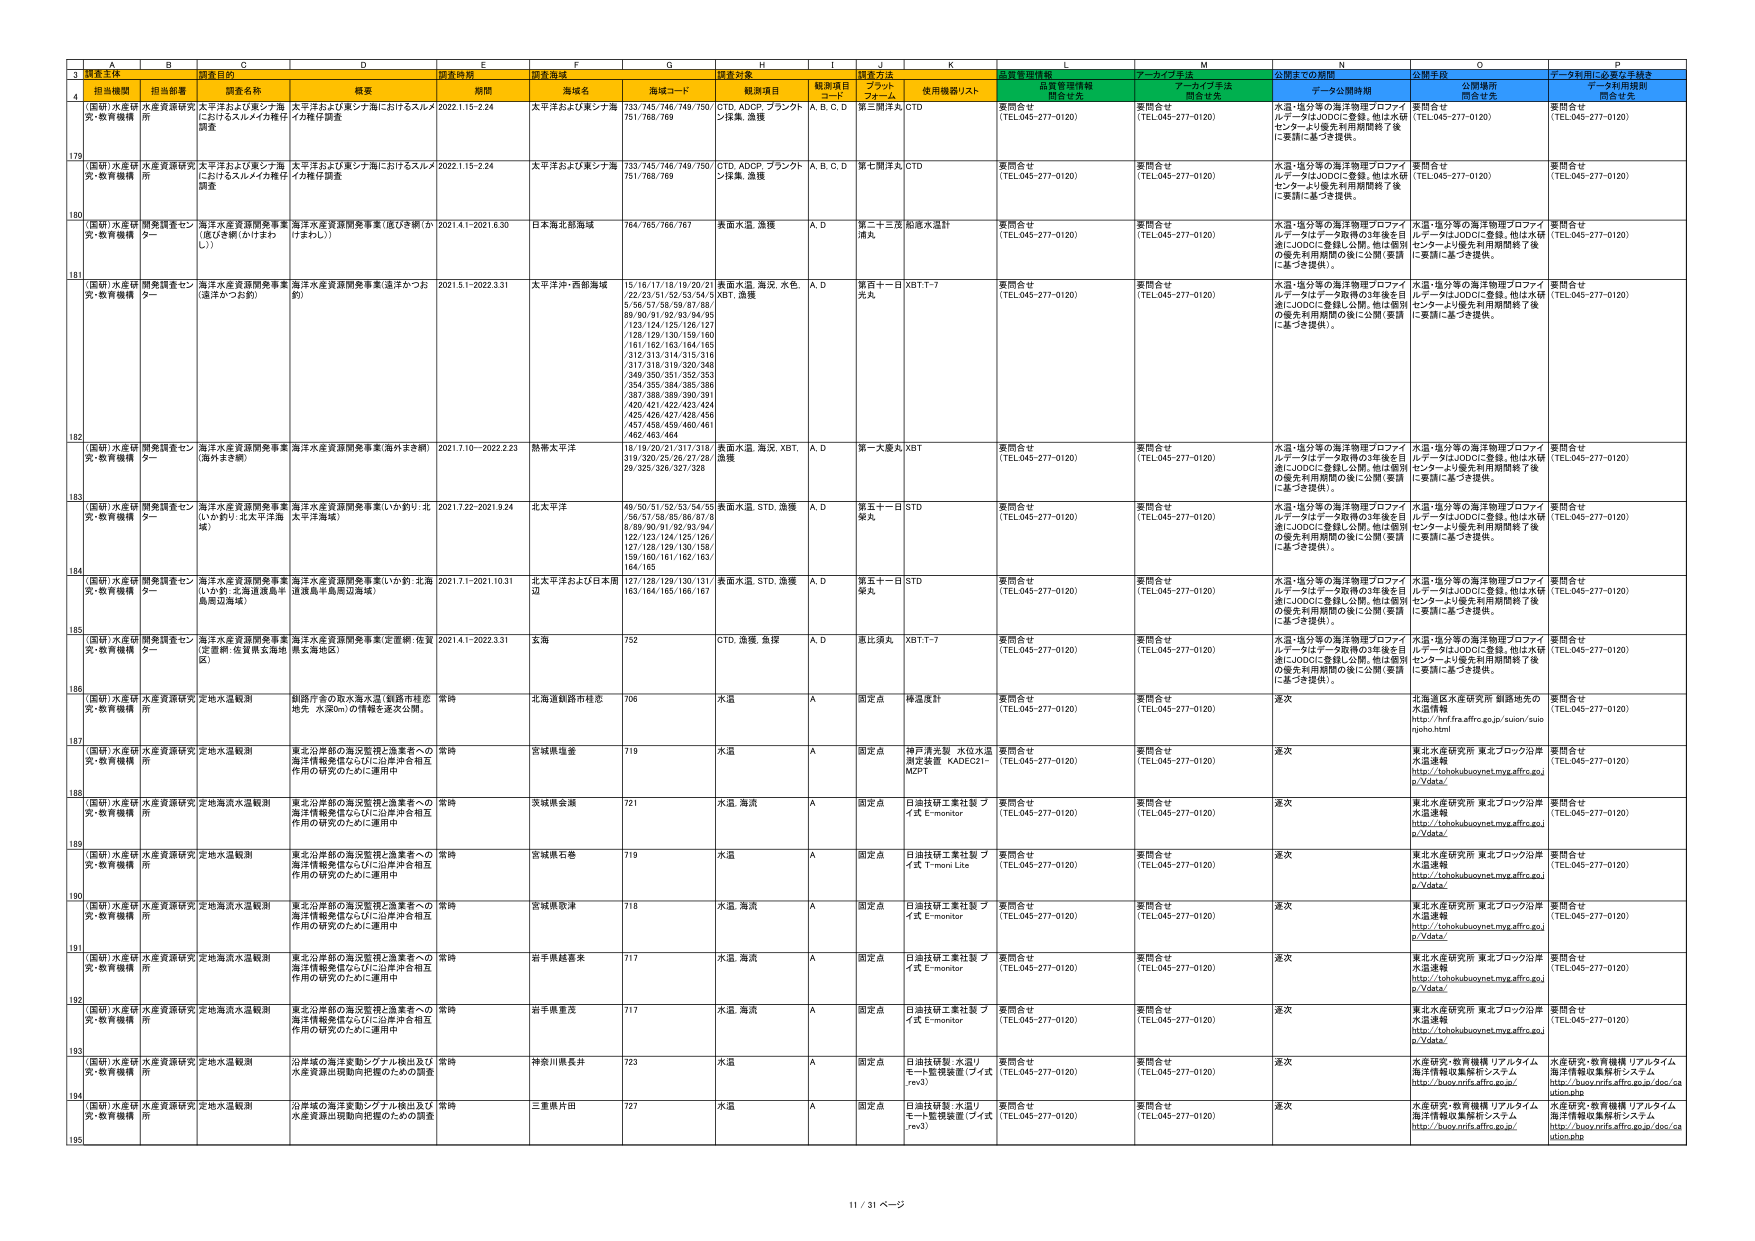
A
B
C
D
E
F
G
H
I
J
K
L
M
N
O
P
3
調査主体
調査目的
調査時期
調査海域
調査対象
品質管理情報
アーカイブ手法
公開までの期間
公開手段
データ利用に必要な手続き
4
担当機関
担当部署
調査名称
概要
期間
海域名
海域コード
観測項目
観測項目コード
調査方法プロトコル
使用機器リスト
品質管理情報問合せ先
アーカイブ手法問合せ先
データ公開時期
公開場所問合せ先
データ利用規則問合せ先
179
(国研)水産研
究・教育機構
水産資源研究
所
太平洋および東シナ海におけるスルメイカ稚仔調査
太平洋および東シナ海におけるスルメイカ稚仔調査
2022.1.15-2.24
太平洋および東シナ海
733/745/746/749/750/751/768/769
CTD, ADCP, ブランクトン採集, 漁獲
A, B, C, D
第三期洋丸
CTD
要問合せ
(TEL:045-277-0120)
要問合せ
(TEL:045-277-0120)
水温・塩分等の海洋物理プロファイルデータはJODCに登録。他は水研センターより優先利用期間終了後に要請に基づき提供。
要問合せ
(TEL:045-277-0120)
要問合せ
(TEL:045-277-0120)
180
(国研)水産研
究・教育機構
水産資源研究
所
太平洋および東シナ海におけるスルメイカ稚仔調査
太平洋および東シナ海におけるスルメイカ稚仔調査
2022.1.15-2.24
太平洋および東シナ海
733/745/746/749/750/751/768/769
CTD, ADCP, ブランクトン採集, 漁獲
A, B, C, D
第七期洋丸
CTD
要問合せ
(TEL:045-277-0120)
要問合せ
(TEL:045-277-0120)
水温・塩分等の海洋物理プロファイルデータはJODCに登録。他は水研センターより優先利用期間終了後に要請に基づき提供。
要問合せ
(TEL:045-277-0120)
要問合せ
(TEL:045-277-0120)
181
(国研)水産研
究・教育機構
開発調査センタ―
海洋水産資源開発事業（底びき網）(2年計画)
海洋水産資源開発事業（底びき網）(2年計画)
2021.4.1-2021.6.30
日本海北部海域
764/765/766/767
表面水温, 漁獲
A, D
第二十二志満丸
船底水温計
要問合せ
(TEL:045-277-0120)
要問合せ
(TEL:045-277-0120)
水温・塩分等の海洋物理プロファイルデータはJODCに登録。他は水研センターより優先利用期間終了後に要請に基づき提供。
水温・塩分等の海洋物理プロファイルデータはJODCに登録。他は水研センターより優先利用期間終了後に要請に基づき提供。
要問合せ
(TEL:045-277-0120)
182
(国研)水産研
究・教育機構
開発調査センタ―
海洋水産資源開発事業（遠洋かつお釣）
海洋水産資源開発事業（遠洋かつお釣）
2021.5.1-2022.3.31
太平洋沖・西部海域
15/16/17/18/19/20/21/22/23/51/52/53/54/55/56/57/58/59/87/88/89/90/91/92/93/94/95/123/124/125/126/127/128/129/130/159/160/161/162/163/164/165/312/313/314/315/316/317/318/319/320/346/349/350/351/352/353/354/355/364/365/386/387/388/389/390/391/420/421/422/423/424/425/426/427/428/456/457/458/459/460/461/462/463/464
表面水温, 海況, 水色, XBT, 漁獲
A, D
第百十一日丸
XBT,T-7
要問合せ
(TEL:045-277-0120)
要問合せ
(TEL:045-277-0120)
水温・塩分等の海洋物理プロファイルデータはデータ取得の3年後を目標にJODCに登録し公開。他は個別の優先利用期間の後に公開（要請に基づき提供）。
水温・塩分等の海洋物理プロファイルデータはJODCに登録。他は水研センターより優先利用期間終了後に要請に基づき提供。
要問合せ
(TEL:045-277-0120)
183
(国研)水産研
究・教育機構
開発調査センタ―
海洋水産資源開発事業（海外まき網）
海洋水産資源開発事業（海外まき網）
2021.7.10-2022.2.23
熱帯太平洋
18/19/20/21/37/71/318/319/320/75/76/27/32/29/325/326/327/328
表面水温, 海況, XBT, 漁獲
A, D
第一大慶丸
XBT
要問合せ
(TEL:045-277-0120)
要問合せ
(TEL:045-277-0120)
水温・塩分等の海洋物理プロファイルデータはデータ取得の3年後を目標にJODCに登録し公開。他は個別の優先利用期間の後に公開（要請に基づき提供）。
水温・塩分等の海洋物理プロファイルデータはJODCに登録。他は水研センターより優先利用期間終了後に要請に基づき提供。
要問合せ
(TEL:045-277-0120)
184
(国研)水産研
究・教育機構
開発調査センタ―
海洋水産資源開発事業（いわ釣）：北太平洋海域）
海洋水産資源開発事業（いわ釣）：北太平洋海域）
2021.7.22-2021.9.24
北太平洋
49/50/51/52/53/54/55/56/57/58/85/86/87/88/89/90/91/92/93/94/122/123/124/125/126/127/128/129/130/158/159/160/161/162/163/164/165
表面水温, STD, 漁獲
A, D
第五十一日丸
STD
要問合せ
(TEL:045-277-0120)
要問合せ
(TEL:045-277-0120)
水温・塩分等の海洋物理プロファイルデータはデータ取得の3年後を目標にJODCに登録し公開。他は個別の優先利用期間の後に公開（要請に基づき提供）。
水温・塩分等の海洋物理プロファイルデータはJODCに登録。他は水研センターより優先利用期間終了後に要請に基づき提供。
要問合せ
(TEL:045-277-0120)
185
(国研)水産研
究・教育機構
開発調査センタ―
海洋水産資源開発事業（いわ釣：北海道漁島や島周辺海域）
海洋水産資源開発事業（いわ釣：北海道漁島や島周辺海域）
2021.7.1-2021.10.31
北太平洋および日本海辺
127/128/129/130/131/163/164/165/166/167
表面水温, STD, 漁獲
A, D
第五十一日丸
STD
要問合せ
(TEL:045-277-0120)
要問合せ
(TEL:045-277-0120)
水温・塩分等の海洋物理プロファイルデータはデータ取得の3年後を目標にJODCに登録し公開。他は個別の優先利用期間の後に公開（要請に基づき提供）。
水温・塩分等の海洋物理プロファイルデータはJODCに登録。他は水研センターより優先利用期間終了後に要請に基づき提供。
要問合せ
(TEL:045-277-0120)
186
(国研)水産研
究・教育機構
開発調査センタ―
海洋水産資源開発事業（定置網：佐賀県安海湾図）
海洋水産資源開発事業（定置網：佐賀県安海湾図）
2021.4.1-2022.3.31
玄海
752
CTD, 漁獲, 魚探
A, D
恵比須丸
XBT,T-7
要問合せ
(TEL:045-277-0120)
要問合せ
(TEL:045-277-0120)
水温・塩分等の海洋物理プロファイルデータはデータ取得の3年後を目標にJODCに登録し公開。他は個別の優先利用期間の後に公開（要請に基づき提供）。
水温・塩分等の海洋物理プロファイルデータはJODCに登録。他は水研センターより優先利用期間終了後に要請に基づき提供。
要問合せ
(TEL:045-277-0120)
187
(国研)水産研
究・教育機構
水産資源研究
所
定地水温観測
釧路庁舎の取水海水温（釧路市桂志地先，水深0m）の情報を逐次公開。
常時
北海道釧路市桂志
706
水温
A
固定点
棒温度計
要問合せ
(TEL:045-277-0120)
要問合せ
(TEL:045-277-0120)
逐次
北海道区水産研究所 領図地先の水温情報
http://hnrffra.affrc.go.jp/suion/suio
ninfo.html
要問合せ
(TEL:045-277-0120)
188
(国研)水産研
究・教育機構
水産資源研究
所
定地水温観測
東北沿岸部の海況監視と漁業者への海洋情報発信ならびに沿岸沖合相互作用の研究のために運用中
常時
宮城県塩釜
719
水温
A
固定点
神戸清光製 水位水温測定装置 KADE221-MZPT
要問合せ
(TEL:045-277-0120)
要問合せ
(TEL:045-277-0120)
逐次
東北水産研究所 東北ブロック沿岸水温連報
http://tohokubuoyonet.mya.affrc.go.j
p/Ydata/
要問合せ
(TEL:045-277-0120)
189
(国研)水産研
究・教育機構
水産資源研究
所
定地海流水温観測
東北沿岸部の海況監視と漁業者への海洋情報発信ならびに沿岸沖合相互作用の研究のために運用中
常時
茨城県会津
721
水温, 海流
A
固定点
日油技研工業社製 フイ式 E-monitor
要問合せ
(TEL:045-277-0120)
要問合せ
(TEL:045-277-0120)
逐次
東北水産研究所 東北ブロック沿岸水温連報
http://tohokubuoyonet.mya.affrc.go.j
p/Ydata/
要問合せ
(TEL:045-277-0120)
190
(国研)水産研
究・教育機構
水産資源研究
所
定地水温観測
東北沿岸部の海況監視と漁業者への海洋情報発信ならびに沿岸沖合相互作用の研究のために運用中
常時
宮城県石巻
719
水温
A
固定点
日油技研工業社製 フイ式 T-mon Lite
要問合せ
(TEL:045-277-0120)
要問合せ
(TEL:045-277-0120)
逐次
東北水産研究所 東北ブロック沿岸水温連報
http://tohokubuoyonet.mya.affrc.go.j
p/Ydata/
要問合せ
(TEL:045-277-0120)
191
(国研)水産研
究・教育機構
水産資源研究
所
定地海流水温観測
東北沿岸部の海況監視と漁業者への海洋情報発信ならびに沿岸沖合相互作用の研究のために運用中
常時
宮城県歌津
718
水温, 海流
A
固定点
日油技研工業社製 フイ式 E-monitor
要問合せ
(TEL:045-277-0120)
要問合せ
(TEL:045-277-0120)
逐次
東北水産研究所 東北ブロック沿岸水温連報
http://tohokubuoyonet.mya.affrc.go.j
p/Ydata/
要問合せ
(TEL:045-277-0120)
192
(国研)水産研
究・教育機構
水産資源研究
所
定地海流水温観測
東北沿岸部の海況監視と漁業者への海洋情報発信ならびに沿岸沖合相互作用の研究のために運用中
常時
岩手県越後里
717
水温, 海流
A
固定点
日油技研工業社製 フイ式 E-monitor
要問合せ
(TEL:045-277-0120)
要問合せ
(TEL:045-277-0120)
逐次
東北水産研究所 東北ブロック沿岸水温連報
http://tohokubuoyonet.mya.affrc.go.j
p/Ydata/
要問合せ
(TEL:045-277-0120)
193
(国研)水産研
究・教育機構
水産資源研究
所
定地水温観測
東北沿岸部の海況監視と漁業者への海洋情報発信ならびに沿岸沖合相互作用の研究のために運用中
常時
岩手県重茂
717
水温, 海流
A
固定点
日油技研工業社製 フイ式 E-monitor
要問合せ
(TEL:045-277-0120)
要問合せ
(TEL:045-277-0120)
逐次
東北水産研究所 東北ブロック沿岸水温連報
http://tohokubuoyonet.mya.affrc.go.j
p/Ydata/
要問合せ
(TEL:045-277-0120)
194
(国研)水産研
究・教育機構
水産資源研究
所
定地水温観測
沿岸域の海洋変動シグナル検出及び水産資源出現動向把握のための調査
常時
神奈川県長井
723
水温
A
固定点
日油技研製, 水温リモート監視装置（フィ式rev3）
要問合せ
(TEL:045-277-0120)
要問合せ
(TEL:045-277-0120)
逐次
水産研究・教育機構 リアルタイム海洋情報収集解析システム
http://buoy.mffra.affrc.go.jp/
水産研究・教育機構 リアルタイム海洋情報収集解析システム
http://buoy.mffra.affrc.go.jp/doc/sa
uion.php
195
(国研)水産研
究・教育機構
水産資源研究
所
定地水温観測
沿岸域の海洋変動シグナル検出及び水産資源出現動向把握のための調査
常時
三重県片田
727
水温
A
固定点
日油技研製, 水温リモート監視装置（フィ式rev3）
要問合せ
(TEL:045-277-0120)
要問合せ
(TEL:045-277-0120)
逐次
水産研究・教育機構 リアルタイム海洋情報収集解析システム
http://buoy.mffra.affrc.go.jp/
水産研究・教育機構 リアルタイム海洋情報収集解析システム
http://buoy.mffra.affrc.go.jp/doc/sa
uion.php
11 / 31 ページ